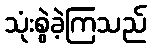
သုံးစွဲခဲ့ကြသည်